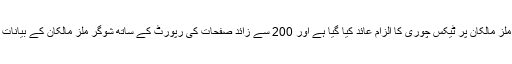
اس رپورٹ میں شوگر ملز مالکان پر ٹیکس چوری کا الزام عائد کیا گیا ہے اور 200 سے زائد صفحات کی رپورٹ کے ساتھ شوگر ملز مالکان کے بیانات بھی لف کئے گئے ہیں۔